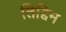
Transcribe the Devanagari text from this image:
तिद्दिम